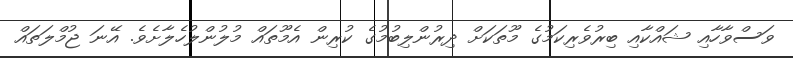
ވަސްވާހާއި ޝައްކާއި ބިރުވެރިކަމުގެ މޫތަކަށް ދިރުންލިބުމުގެ ކުރިން އެމޫތައް މުލުންލުހެލާށެވެ. އޭނަ ޖުމްލަތައް